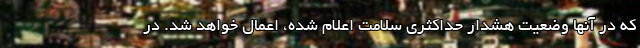
که در آنها وضعیت هشدار حداکثری سلامت اعلام شده، اعمال خواهد شد. در